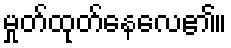
မှုတ်ထုတ်နေလေ၏။